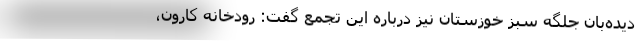
دیده‌بان جلگه سبز خوزستان نیز درباره این تجمع گفت: رودخانه کارون،